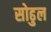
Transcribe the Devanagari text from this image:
सोढुल